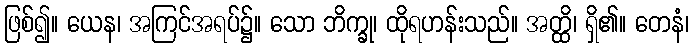
ဖြစ်၍။ ယေန၊ အကြင်အရပ်၌။ သော ဘိက္ခု၊ ထိုရဟန်းသည်။ အတ္ထိ၊ ရှိ၏။ တေနံ၊